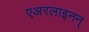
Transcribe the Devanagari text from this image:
एअरलाइनन्